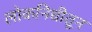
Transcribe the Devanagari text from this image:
लोकनिधीतून